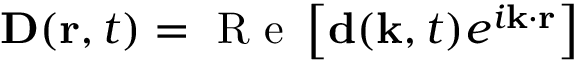
{ \bf D } ( { \bf r } , t ) = \mathrm { ~ R ~ e ~ } \left[ { \bf d } ( { \bf k } , t ) e ^ { i { \bf k } \cdot { \bf r } } \right]